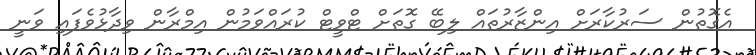
އެގޮތުން ސަރުކާރަށް އިންޒާރުތައް ލިބޭ ގޮތަށް ޓްވީޓް ކުރައްވަމުން އިމްރާން ވިދާޅުވެފައި ވަނީ